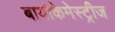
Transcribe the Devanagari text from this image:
बायोकेमेस्ट्रीज